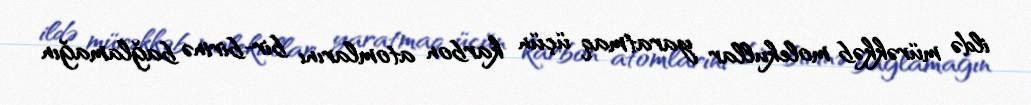
ildə mürəkkəb molekullar yaratmaq üçün karbon atomlarını bir-birinə bağlamağın